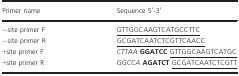
| Primer name | Sequence 5′-3′ |
 | --- | --- |
 | −site primer F | <underline>GTTGGCAAGTCATGCCTTC</underline> |
 | −site primer R | <underline>GCGATCAATCTCGTTCAACC</underline> |
 | +site primer F | CTTAAGGATCC<underline>GTTGGCAAGTCATGC</underline> |
 | +site primer R | GGCCAAGATCT<underline>GCGATCAATCTCGTT</underline> |